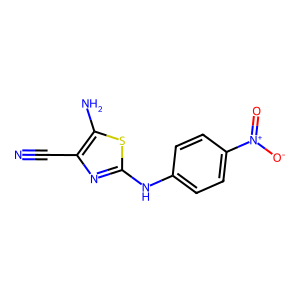
SMILES: N#Cc1nc(Nc2ccc([N+](=O)[O-])cc2)sc1N
Inhibits HIV replication: No